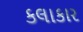
કલાકાર